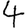
Digit: 4